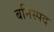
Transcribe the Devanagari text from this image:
बनिस्पद